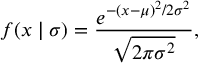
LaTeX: f ( x \mid \sigma ) = { \frac { e ^ { - ( x - \mu ) ^ { 2 } / 2 \sigma ^ { 2 } } } { \sqrt { 2 \pi \sigma ^ { 2 } } } } ,